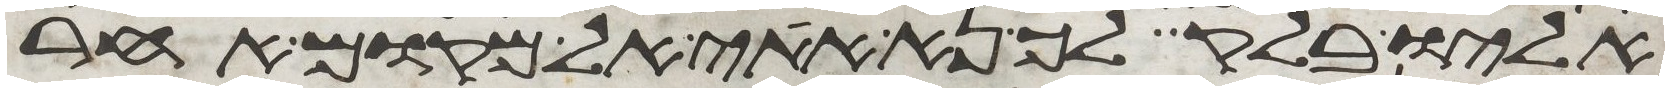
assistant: אליו בלק לך נא אתי אל מקום אחר